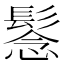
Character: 𩭮